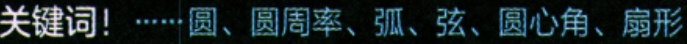
关键词！……圆、圆周率、弧、弦、圆心角、扇形